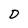
Character: D